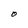
Character: O